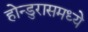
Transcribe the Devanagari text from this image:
होन्डुरासमध्ये